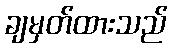
ချမှတ်ထားသည်